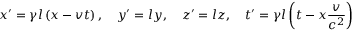
x ^ { \prime } = \gamma l \left( x - v t \right) , \quad y ^ { \prime } = l y , \quad z ^ { \prime } = l z , \quad t ^ { \prime } = \gamma l \left( t - x { \frac { v } { c ^ { 2 } } } \right)